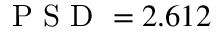
\mathrm { ~ P ~ S ~ D ~ } = 2 . 6 1 2